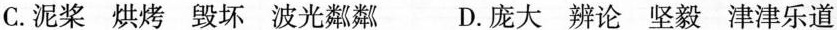
C.泥桨 烘烤 毁坏 波光粼粼 D.庞大 辨论 坚毅 津津乐道